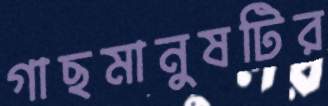
গাছমানুষটির